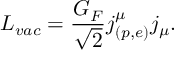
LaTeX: { \cal L } _ { v a c } = \frac { G _ { F } } { \sqrt { 2 } } j _ { \left( p , e \right) } ^ { \mu } j _ { \mu } .